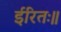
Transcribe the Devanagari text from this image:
ईरितः॥